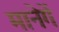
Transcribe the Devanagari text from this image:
मानेगें